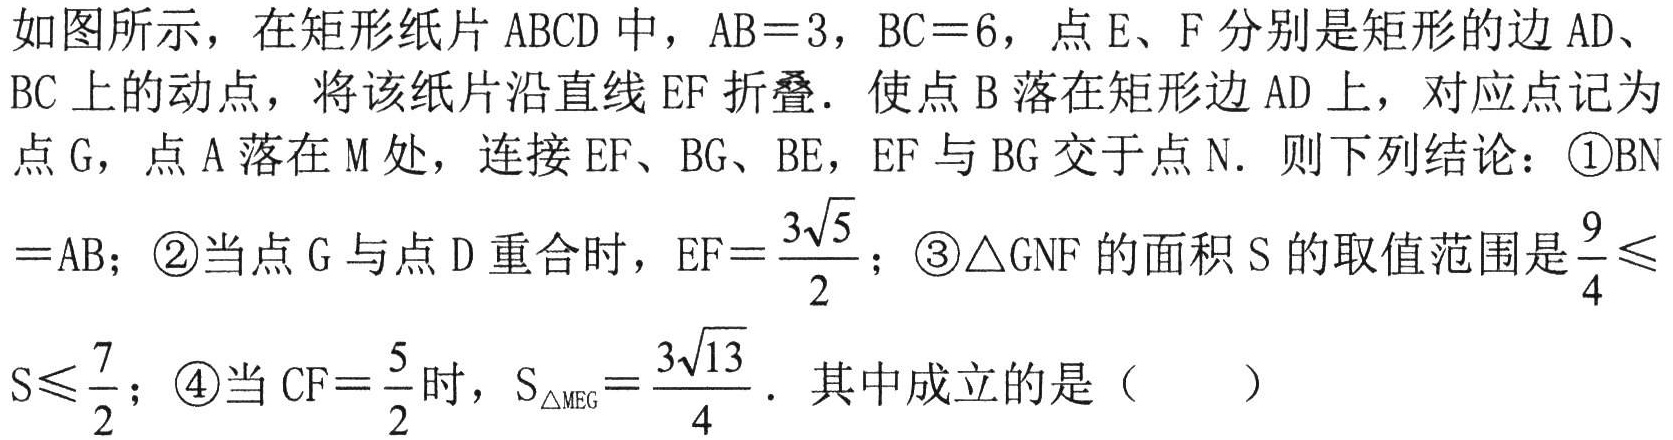
如图所示，在矩形纸片 \(ABCD\) 中，\(AB = 3\)，\(BC = 6\)，点 \(E\)、\(F\) 分别是矩形的边 \(AD\)、\(BC\) 上的动点，将该纸片沿直线 \(EF\) 折叠．使点 \(B\) 落在矩形边 \(AD\) 上，对应点记为点 \(G\)，点 \(A\) 落在 \(M\) 处，连接 \(EF\)、\(BG\)、\(BE\)，\(EF\) 与 \(BG\) 交于点 \(N\)．则下列结论：\textcircled{1}\(BN=AB\)；\textcircled{2}当点 \(G\) 与点 \(D\) 重合时，\(EF = \dfrac{3\sqrt{5}}{2}\)；\textcircled{3}\(\triangle GNF\) 的面积 \(S\) 的取值范围是 \(\dfrac{9}{4}\leqslant S\leqslant\dfrac{7}{2}\)；\textcircled{4}当 \(CF=\dfrac{5}{2}\) 时，\(S_{\triangle MEG}=\dfrac{3\sqrt{13}}{4}\)．其中成立的是（  ）